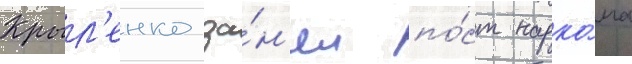
Крыл'енко за́н'ял по́ст нарко́ма